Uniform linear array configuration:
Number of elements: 4
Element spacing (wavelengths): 0.25
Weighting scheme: blackman
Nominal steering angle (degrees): -60
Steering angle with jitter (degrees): -59.437
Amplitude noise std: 0.05
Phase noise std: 0.05

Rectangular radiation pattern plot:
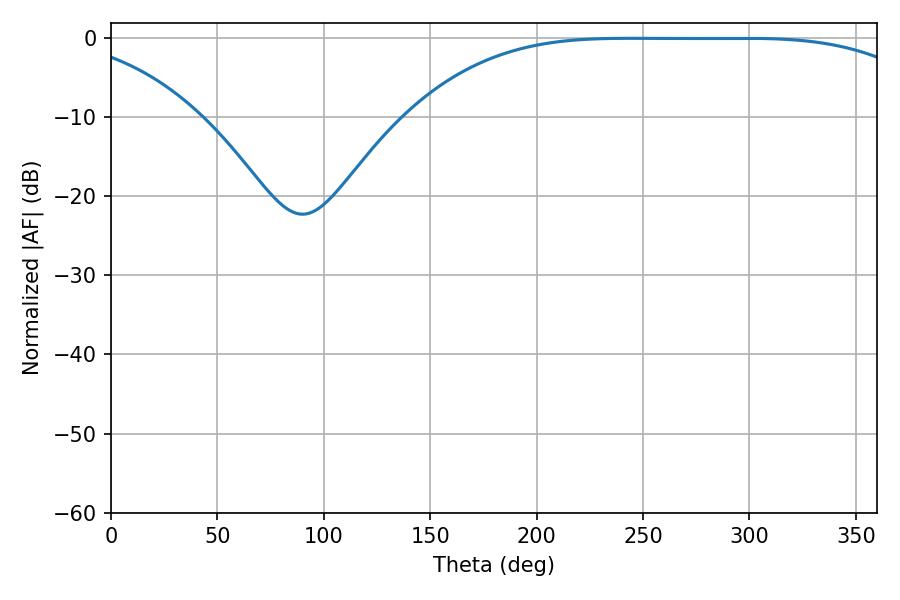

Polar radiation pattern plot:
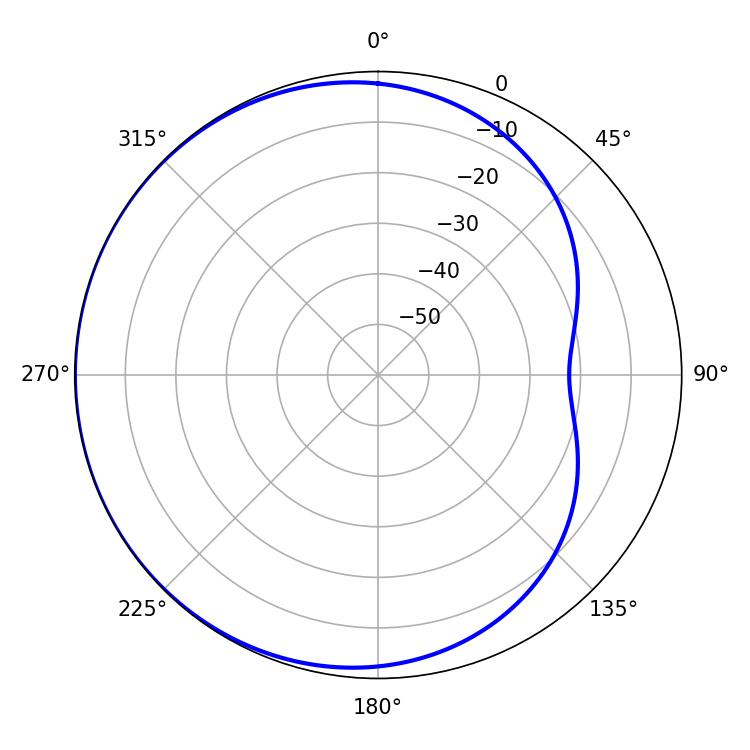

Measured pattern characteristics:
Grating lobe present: FALSE
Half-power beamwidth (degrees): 185.58
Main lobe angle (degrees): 244.44